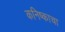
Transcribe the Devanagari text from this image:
कनिष्काचा